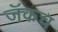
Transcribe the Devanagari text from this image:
जॅकच